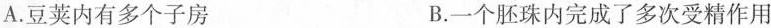
A.豆荚内有多个子房 B.一个胚珠内完成了多次受精作用